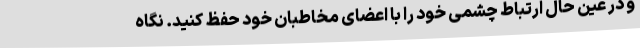
و در عین حال ارتباط چشمی خود را با اعضای مخاطبان خود حفظ کنید. نگاه